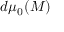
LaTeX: d \mu _ { 0 } ( M )